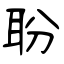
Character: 聁